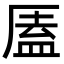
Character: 㕎